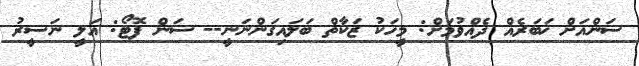
ސަންއަށް ޚަބަރެއް ދެއްވުމަށް: މީހަކު ޒަކާތް ބަލައިގަންނަނީ-- ސަން ފޮޓޯ: އަލީ ނަސީރު